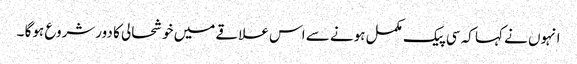
انہوں نے کہا کہ سی پیک مکمل ہونے سے اس علاقے میں خوشحالی کا دورشروع ہوگا ۔